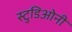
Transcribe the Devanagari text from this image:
स्टुडिओनी